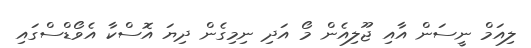
ލިއަމް ނީސަން އާއި ޖޫލިއެން މޯ އަދި ނިމިގެން ދިޔަ އޮސްކާ އެވޯޑްސްގައި